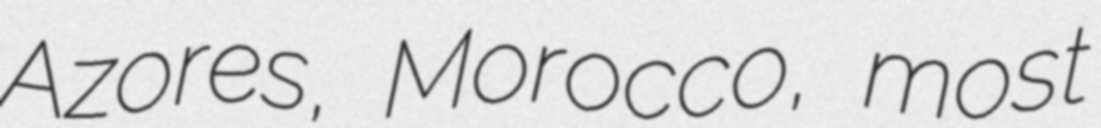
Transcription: Azores, Morocco, most